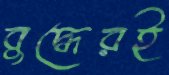
বুদ্ধেরই